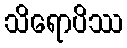
သိရောပိဿ